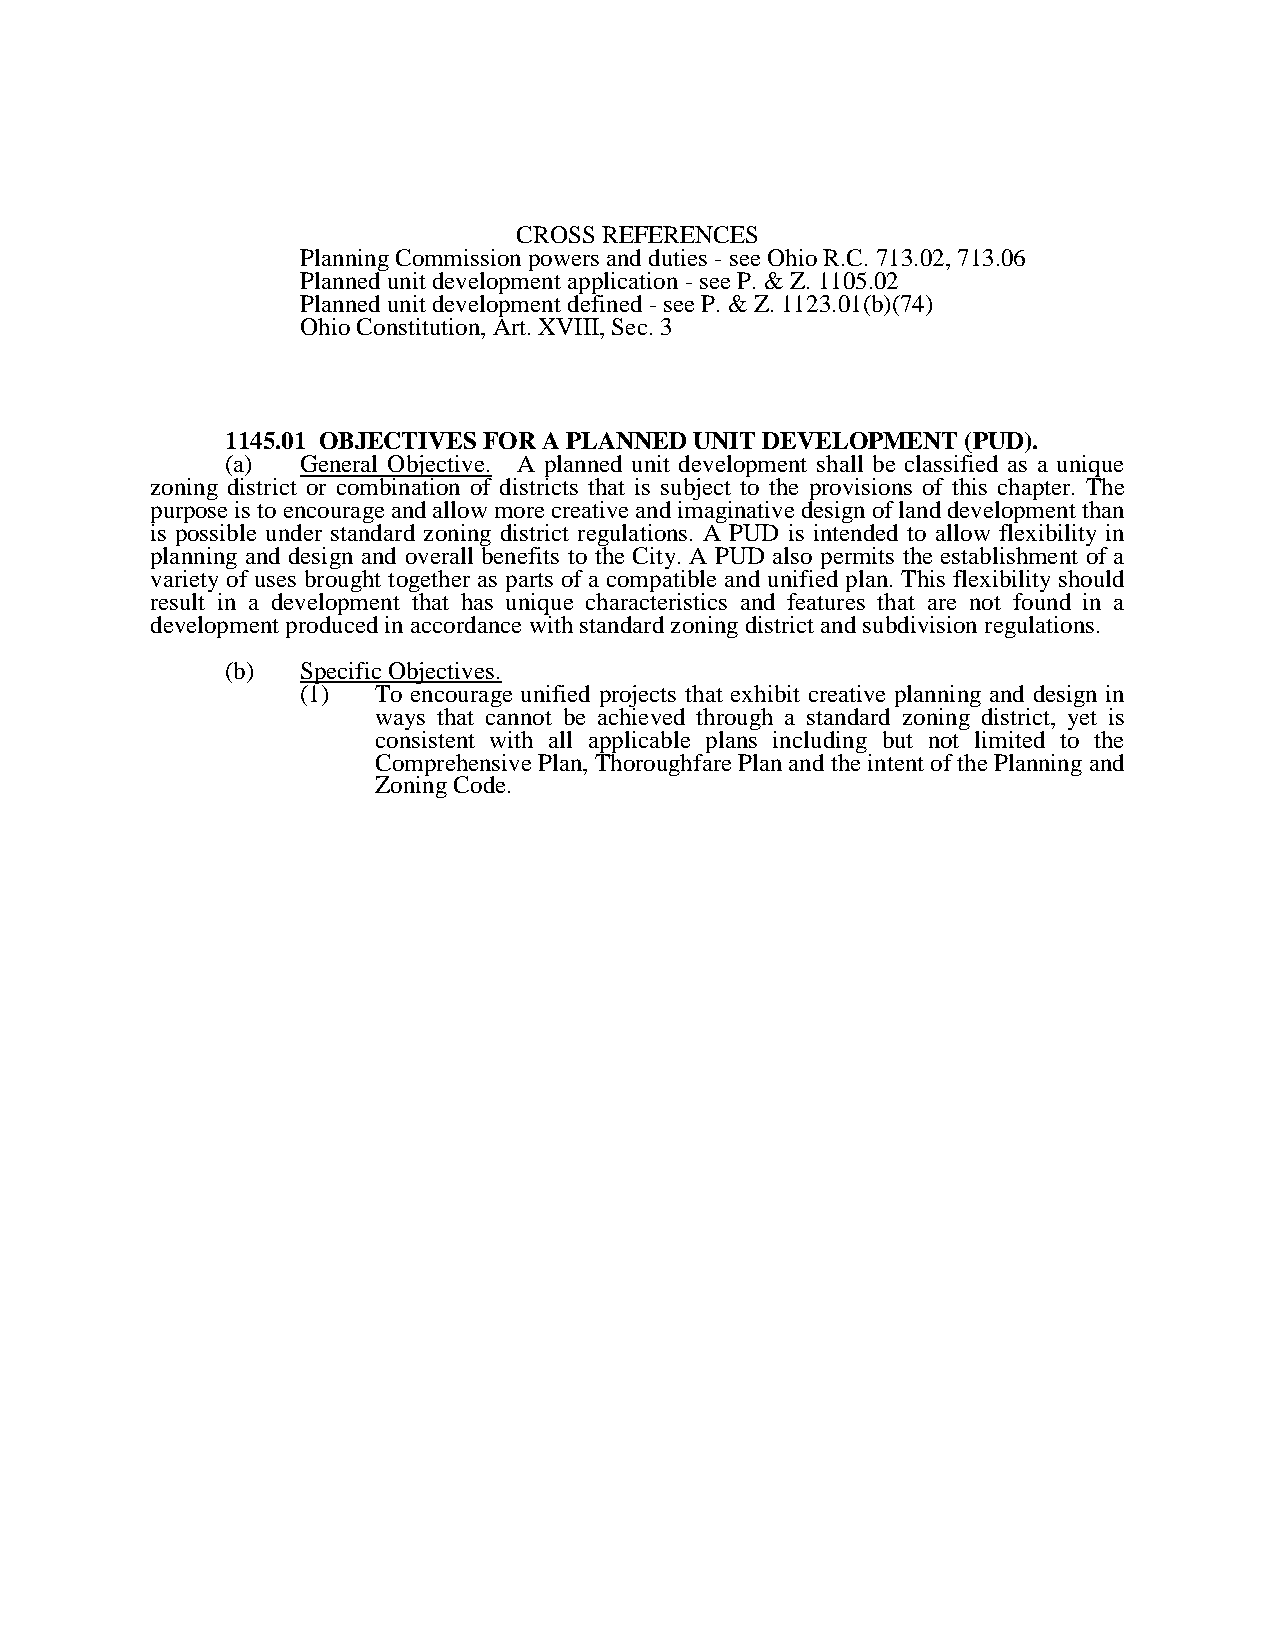
CROSS REFERENCES
 Planning Commission powers and duties - see Ohio R.C. 713.02, 713.06
 Planned unit development application - see P. & Z. 1105.02
 Planned unit development defined - see P. & Z. 1123.01(b)(74)
 Ohio Constitution, Art. XVIII, Sec. 3
 1145.01 OBJECTIVES FOR A PLANNED UNIT DEVELOPMENT (PUD).
 (a)  General Objective. A planned unit development shall be classified as a unique
 zoning district or combination of districts that is subject to the provisions of this chapter. The
 purpose is to encourage and allow more creative and imaginative design of land development than
 is possible under standard zoning district regulations. A PUD is intended to allow flexibility in
 planning and design and overall benefits to the City. A PUD also permits the establishment of a
 variety of uses brought together as parts of a compatible and unified plan. This flexibility should
 result in a development that has unique characteristics and features that are not found in a
 development produced in accordance with standard zoning district and subdivision regulations.
 (b)  Specific Objectives.
 (1)  To encourage unified projects that exhibit creative planning and design in
 ways that cannot be achieved through a standard zoning district, yet is
 consistent with all applicable plans including but not limited to the
 Comprehensive Plan, Thoroughfare Plan and the intent of the Planning and
 Zoning Code.